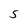
Character: S